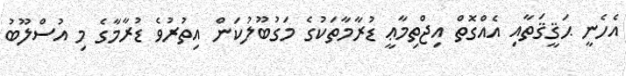
އެހެނީ ޙަޤީޤަތާއި އެއްގޮތް އިޖްތިމާޢީ ޑުރާމާތަކުގެ މަގުބޫލުކަން އިތުރުވެ ޑުރާމާގެ މި އުސްލޫބު